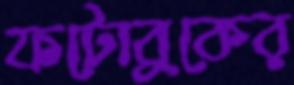
ফটোবুকের